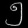
Digit: ၅